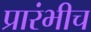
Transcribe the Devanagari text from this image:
प्रारंभीच